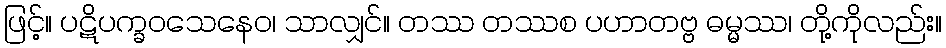
ဖြင့်။ ပဋိပက္ခဝသေနေဝ၊ သာလျှင်။ တဿ တဿစ ပဟာတဗ္ဗ ဓမ္မဿ၊ တို့ကိုလည်း။